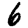
Digit: 6